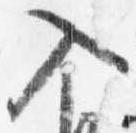
入